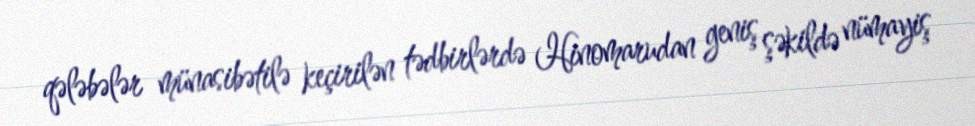
qələbələr münasibətilə keçirilən tədbirlərdə Hinomarudan geniş şəkildə nümayiş